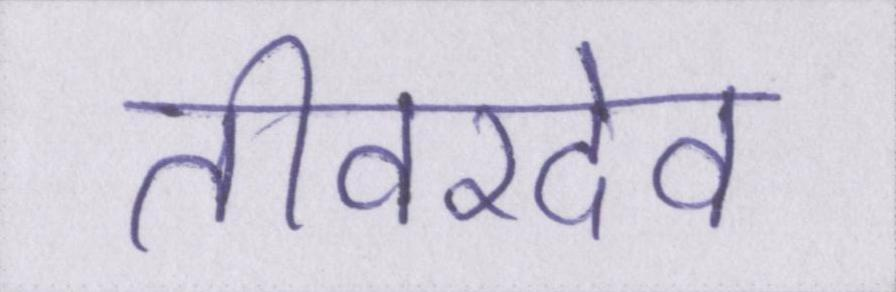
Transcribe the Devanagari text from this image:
तीवरदेव